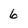
Character: 6